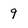
Character: 9